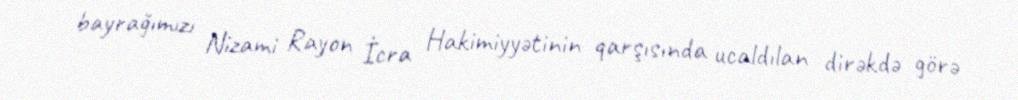
bayrağımızı Nizami Rayon İcra Hakimiyyətinin qarşısında ucaldılan dirəkdə görə